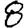
Digit: 8